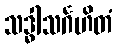
သဒ္ဓါသင်္ဂဟိတံ